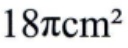
\(18\pi\mathrm{cm}^2\)